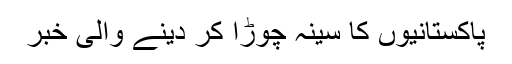
پاکستانیوں کا سینہ چوڑا کر دینے والی خبر